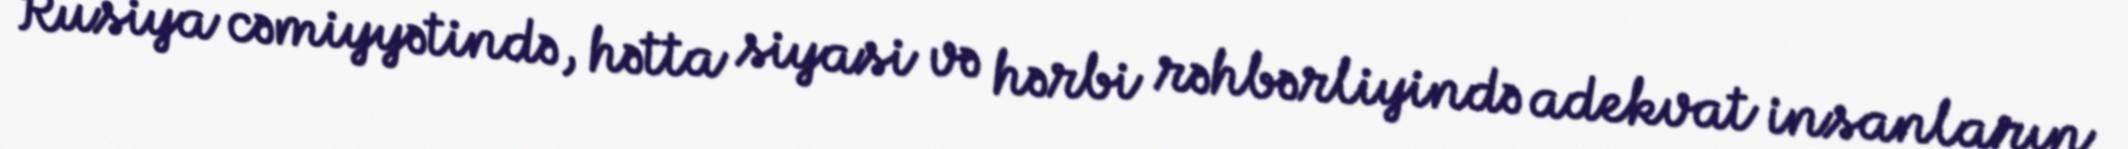
Rusiya cəmiyyətində, hətta siyasi və hərbi rəhbərliyində adekvat insanların